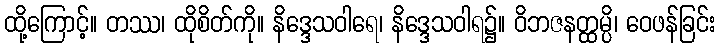
ထို့ကြောင့်။ တဿ၊ ထိုစိတ်ကို။ နိဒ္ဒေသဝါရေ၊ နိဒ္ဒေသဝါရ၌။ ဝိဘဇနတ္ထမ္ပိ၊ ဝေဖန်ခြင်း